Calcutta medical institutions reports 1892-1900
Year: 1892
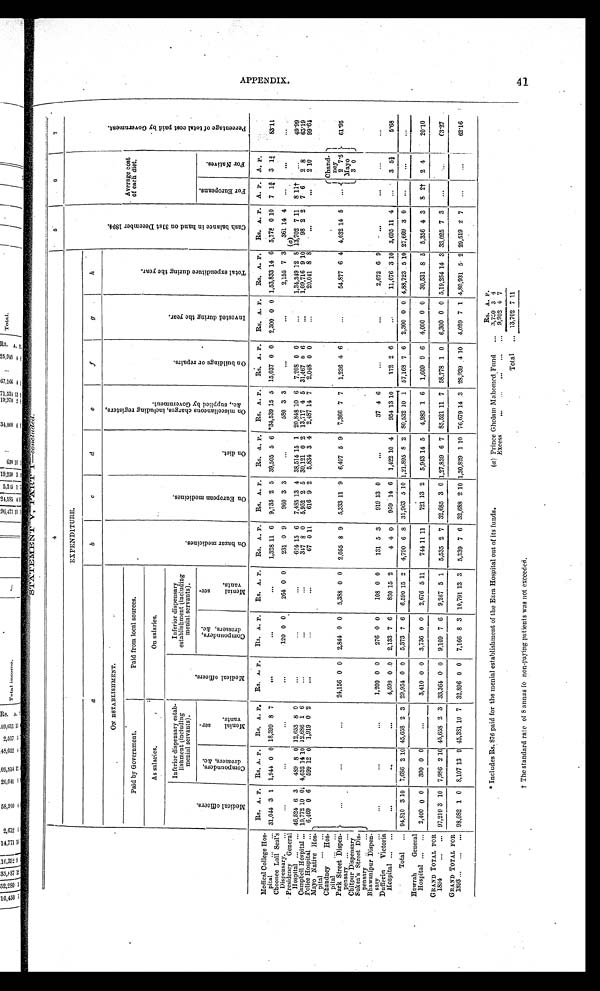
Rs. A. P.
(a ) Prince Gholam Mahomed Fund . . .
3,750 3 4
Excess . . .
9,952 4 7
Total . . . 13,702 7 11
41 * I n c l u d e s R s . 8 7 6 p a i d f o r t h e m e n i a l e s t a b l i s h m e n t o f t h e E z r a H o s p i t a l o u t o f i t s f u n d s .
† T h e s t a n d a r d r a t e o f 8 a n n a s t o n o n - p a y i n g p a t i e n t s w a s n o t e x c e e d e d .
STATEMENT V, PART I—concluded.
4
5
6
7
EXPENDITURE.
C a s h b a l a n c e i n h a n d o n 3 1 s t D e c e m b e r 1 8 9 4 .
Average cost
of each diet.
P e r c e n t a g e o f t o t a l c o s t p a i d b y G o v e r n m e n t .
a
b
c
d
e
f
g
h
ON ESTABLISHMENT.
O n b a z a r m e d i c i n e s .
O n E u r o p e a n m e d i c i n e s .
O n d i e t .
O n m i s c e l l a n e o u s c h a r g e s , i n c l u d i n g r e g i s t e r s , & c . , s u p p l i e d b y G o v e r n m e n t .
O n b u i l d i n g s o r r e p a i r s .
I n v e s t e d d u r i n g t h e y e a r .
T o t a l e x p e n d i t u r e d u r i n g t h e y e a r .
Paid by Government.
Paid from local sources.
As salaries.
On salaries.
M e d i c a l o f f i c e r s .
Inferior dispensary estab-
lishment (including
menial servants).
M e d i c a l o f f i c e r s .
Inferior dispensary
establishment (including
menial servants).
C o m p o u n d e r s , d r e s s e r s , & c .
M e n i a l s e r - v a n t s .
C o m p o u n d e r s , d r e s s e r s , & c .
M e n i a l s e r - v a n t s .
F o r E u r o p e a n s .
F o r N a t i v e s .
Rs. A. P.
Rs. A. P.
Rs. A. P.
Rs.
A. P.
Rs. A. P.
Rs. A. P.
Rs. A. P.
Rs. A. P.
Rs. A. P
Rs. A. P.
Rs. A. P.
Rs. A. P.
Rs. A. P.
Rs. A. P. A. P.
A. P.
Medical College Hos-
pital . . .
31,044 3 1 1,944 0 0 18,399 8 7
. . .
. . .
. . . 1,328 11 6
9,735 2 5
39,505 5 6 *34,539 15 5
15,037 0 0
2,300 0 0 1,53,833 14 6 5,778 0 10
7 1¾
3
1 ¾
83.11
Choonee Lall Seal's
Dispensary. . . .
. . .
. . .
. . .
. . .
120 0 0
264 0 0
231 0 9
960 3 3
. . .
580 3 3
. . .
. . .
2,155 7 3
361 14 4
. . .
. . .
. . .
Presidency General
Hospital . . .
46,524 6 3
489 8 0 12,653 8 0
. . .
. . .
. . .
624
1 5
6
7,485
1 3
4 38,514 15 1 20,848 10 6
7,208 0 0
. . .
1,34,349 12 8
( a)
13,702 7 11
8 11†
. . .
49.99
Campbell Hospital . . .
10,772 10 0 4,652 14
1 0 12,686 1 6
. . .
. . .
. . .
347 8 0
5,952 2 5 30,121 0 2 13,717 4 5 31,467 0 6
. . .
1,09,716 9 10
98 2 2
7 6
2 8
65.19
Police Hospital . . .
6,469 0 6
599 12 0 1,919 0 2
. . .
. . .
. . .
67 0 11
616 9 2
5,834 3 4
2,487 14 7
2,048 0 0
. . .
20,041 8 8
. . .
. . .
2 10
99.64
Mayo Native Hos-
pital . . .
. . .
. . .
. . . 24,156 0 0
2,844 0 0
5,388 0 0
2,055 8 9
5,333 11 9
6,497 5 9
7,366 7 7
1,236 4 6
. . .
54,877 6 4 4,032 14 5
. . .
Chand-
ney
61.95
Chandney Hos-
pital . . .
Park Street Dispen-
pensary . . .
2 7.5
Mayo
Chitpur Dispensary
3 0
Sukea's Street Dis-
pensary . . .
Bhawanipur Dispen-
sary . . .
. . .
. . .
. . . 1,200 0 0
276 0 0
108 0 0
131 5 3
919 13 0
. . .
37 4 6
. . .
. . .
2,672 6 9
. . .
. . .
. . .
. . .
Dufferin Victoria
Hospital . . .
. . .
. . .
. . . 4,598 0 0
2,133 7 6
830 15 2
4 4 0
959 14 6
1,422 10 4
954 13 10
172 2 6
. . .
11,076 3 10
3,695
11 4
. . .
3 5¾
5.68
Total . . .
94,810 3 10
7,686 2 10 45,658 2 3 29,954 0 0
5,373 7 6
6,590 15 2
4,790 6
8 31,963 5 10
1 , 2 1 , 8 9 5 8 2 80,532 10 1 57,168 7 6
2,300 0 0 4,88,723 5 10 27,669 3 0
. . .
. . .
. . .
Howrah General
Hospital . . .
2,400 0 0
300 0 0
. . . 3,410 0 0
3,736 0 0
2,676 5 11
744 11 11
721 13 2
5,943
1 4
5
4,989
1
6
1,609 9 6
4,000 0 0
30,531
8 5 5,356 4 3
8 2†
2 4
20.10
GRAND TOTAL FOR
1894 . . .
97,210 3 10 7,986 2 10 45,658 2 3 33,364 0 0
9,109 7 6
9,267 5 1
5,535 2 7 32,685 3
0
1,27,839 6 7 85,521 11 7
58,778 1 0
6,300 0 0 5,19,254 14 3 33,025 7 3
. . .
. . .
6 3 . 2 7
GRAND TOTAL FOR
1893 . . .
98,082 1 0 8,107 13 9 45,381 10 7
32,896 0 0
7,166 8 3 10,791 13 3
5,339 7 6 32,688 2 10 1,30,829 1 10 76,679 14 3 28,939 4 10
4,029 7 1 4,80,931 5 2 29,519 2 7
. . .
. . .
62.16
APPENDI X.